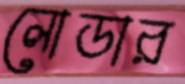
লোডার